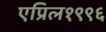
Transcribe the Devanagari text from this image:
एप्रिल१९९६